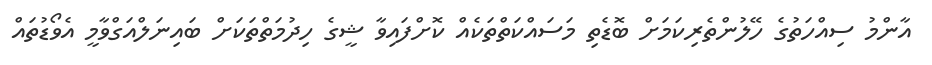
އާންމު ސިއްހަތުގެ ހޭލުންތެރިކަމަށް ބޮޑެތި މަސައްކަތްތަކެއް ކޮށްފައިވާ ޝީގެ ހިދުމަތްތަކަށް ބައިނަލްއަގްވާމީ އެވޯޑުތައް